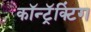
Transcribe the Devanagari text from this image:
कॉन्ट्रॅक्टिंग